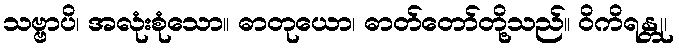
သဗ္ဗာပိ၊ အလုံးစုံသော။ ဓာတုယော၊ ဓာတ်တော်တို့သည်။ ဝိကိရန္တု၊